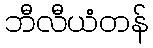
ဘီလီယံတန်